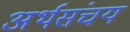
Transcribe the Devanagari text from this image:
अर्थसंचय